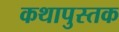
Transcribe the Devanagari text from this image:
कथापुस्तक